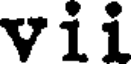
vii